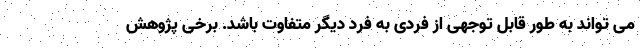
می تواند به طور قابل توجهی از فردی به فرد دیگر متفاوت باشد. برخی پژوهش